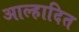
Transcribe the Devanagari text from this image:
आल्हादित